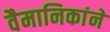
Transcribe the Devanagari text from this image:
वैमानिकांने